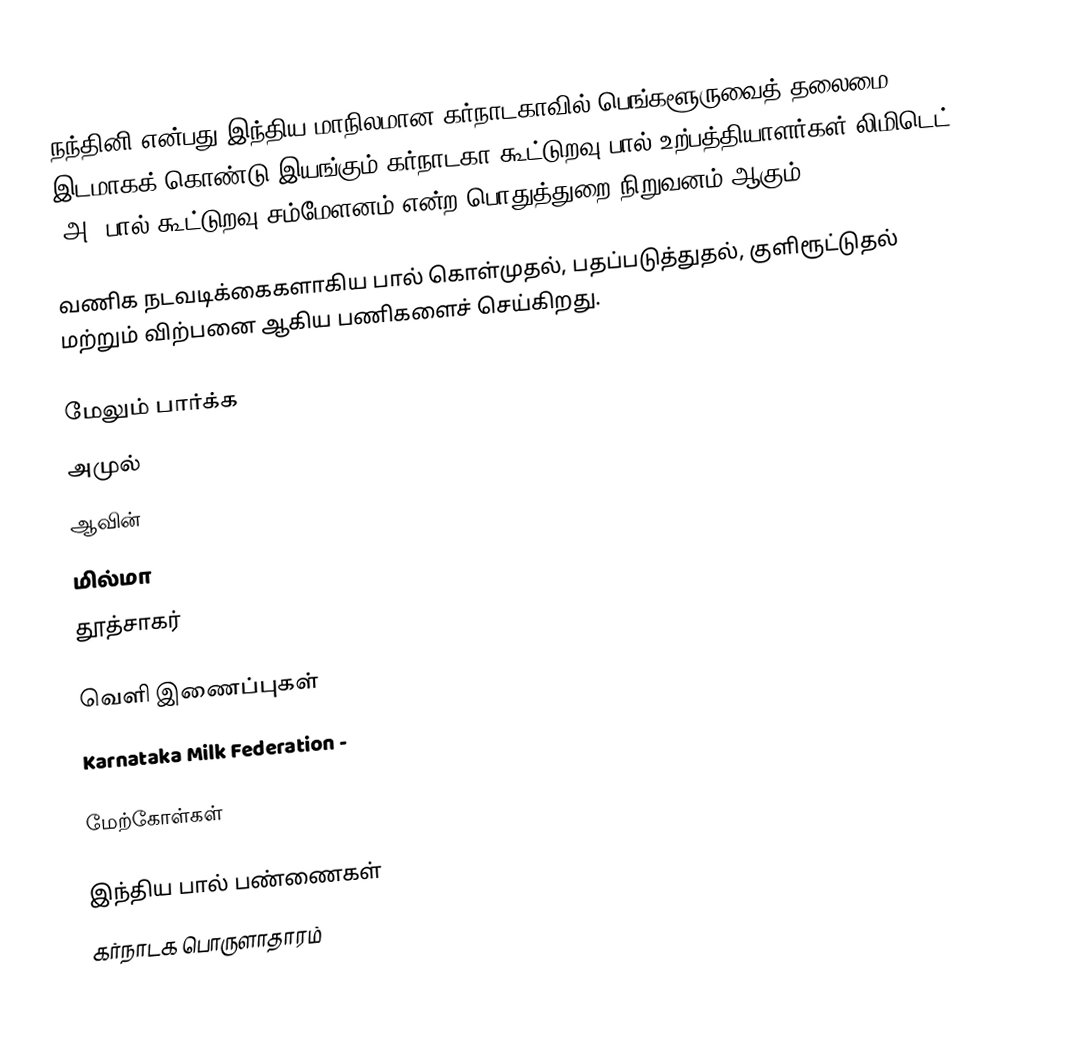
நந்தினி என்பது இந்திய மாநிலமான கர்நாடகாவில் பெங்களூருவைத் தலைமை இடமாகக் கொண்டு இயங்கும் கர்நாடகா கூட்டுறவு பால் உற்பத்தியாளர்கள் லிமிடெட் (அ) பால் கூட்டுறவு சம்மேளனம் என்ற பொதுத்துறை நிறுவனம் ஆகும்.

வணிக நடவடிக்கைகளாகிய பால் கொள்முதல், பதப்படுத்துதல், குளிரூட்டுதல் மற்றும் விற்பனை ஆகிய பணிகளைச் செய்கிறது.

மேலும் பார்க்க
 அமுல்
 ஆவின்
 மில்மா
 தூத்சாகர்

வெளி இணைப்புகள்
 Karnataka Milk Federation -

மேற்கோள்கள்

இந்திய பால் பண்ணைகள்
கர்நாடக பொருளாதாரம்